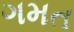
ગમત